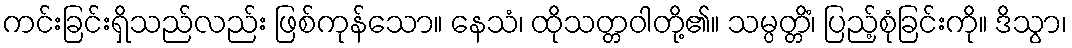
ကင်းခြင်းရှိသည်လည်း ဖြစ်ကုန်သော။ နေသံ၊ ထိုသတ္တဝါတို့၏။ သမ္ပတ္တိံ၊ ပြည့်စုံခြင်းကို။ ဒိသွာ၊